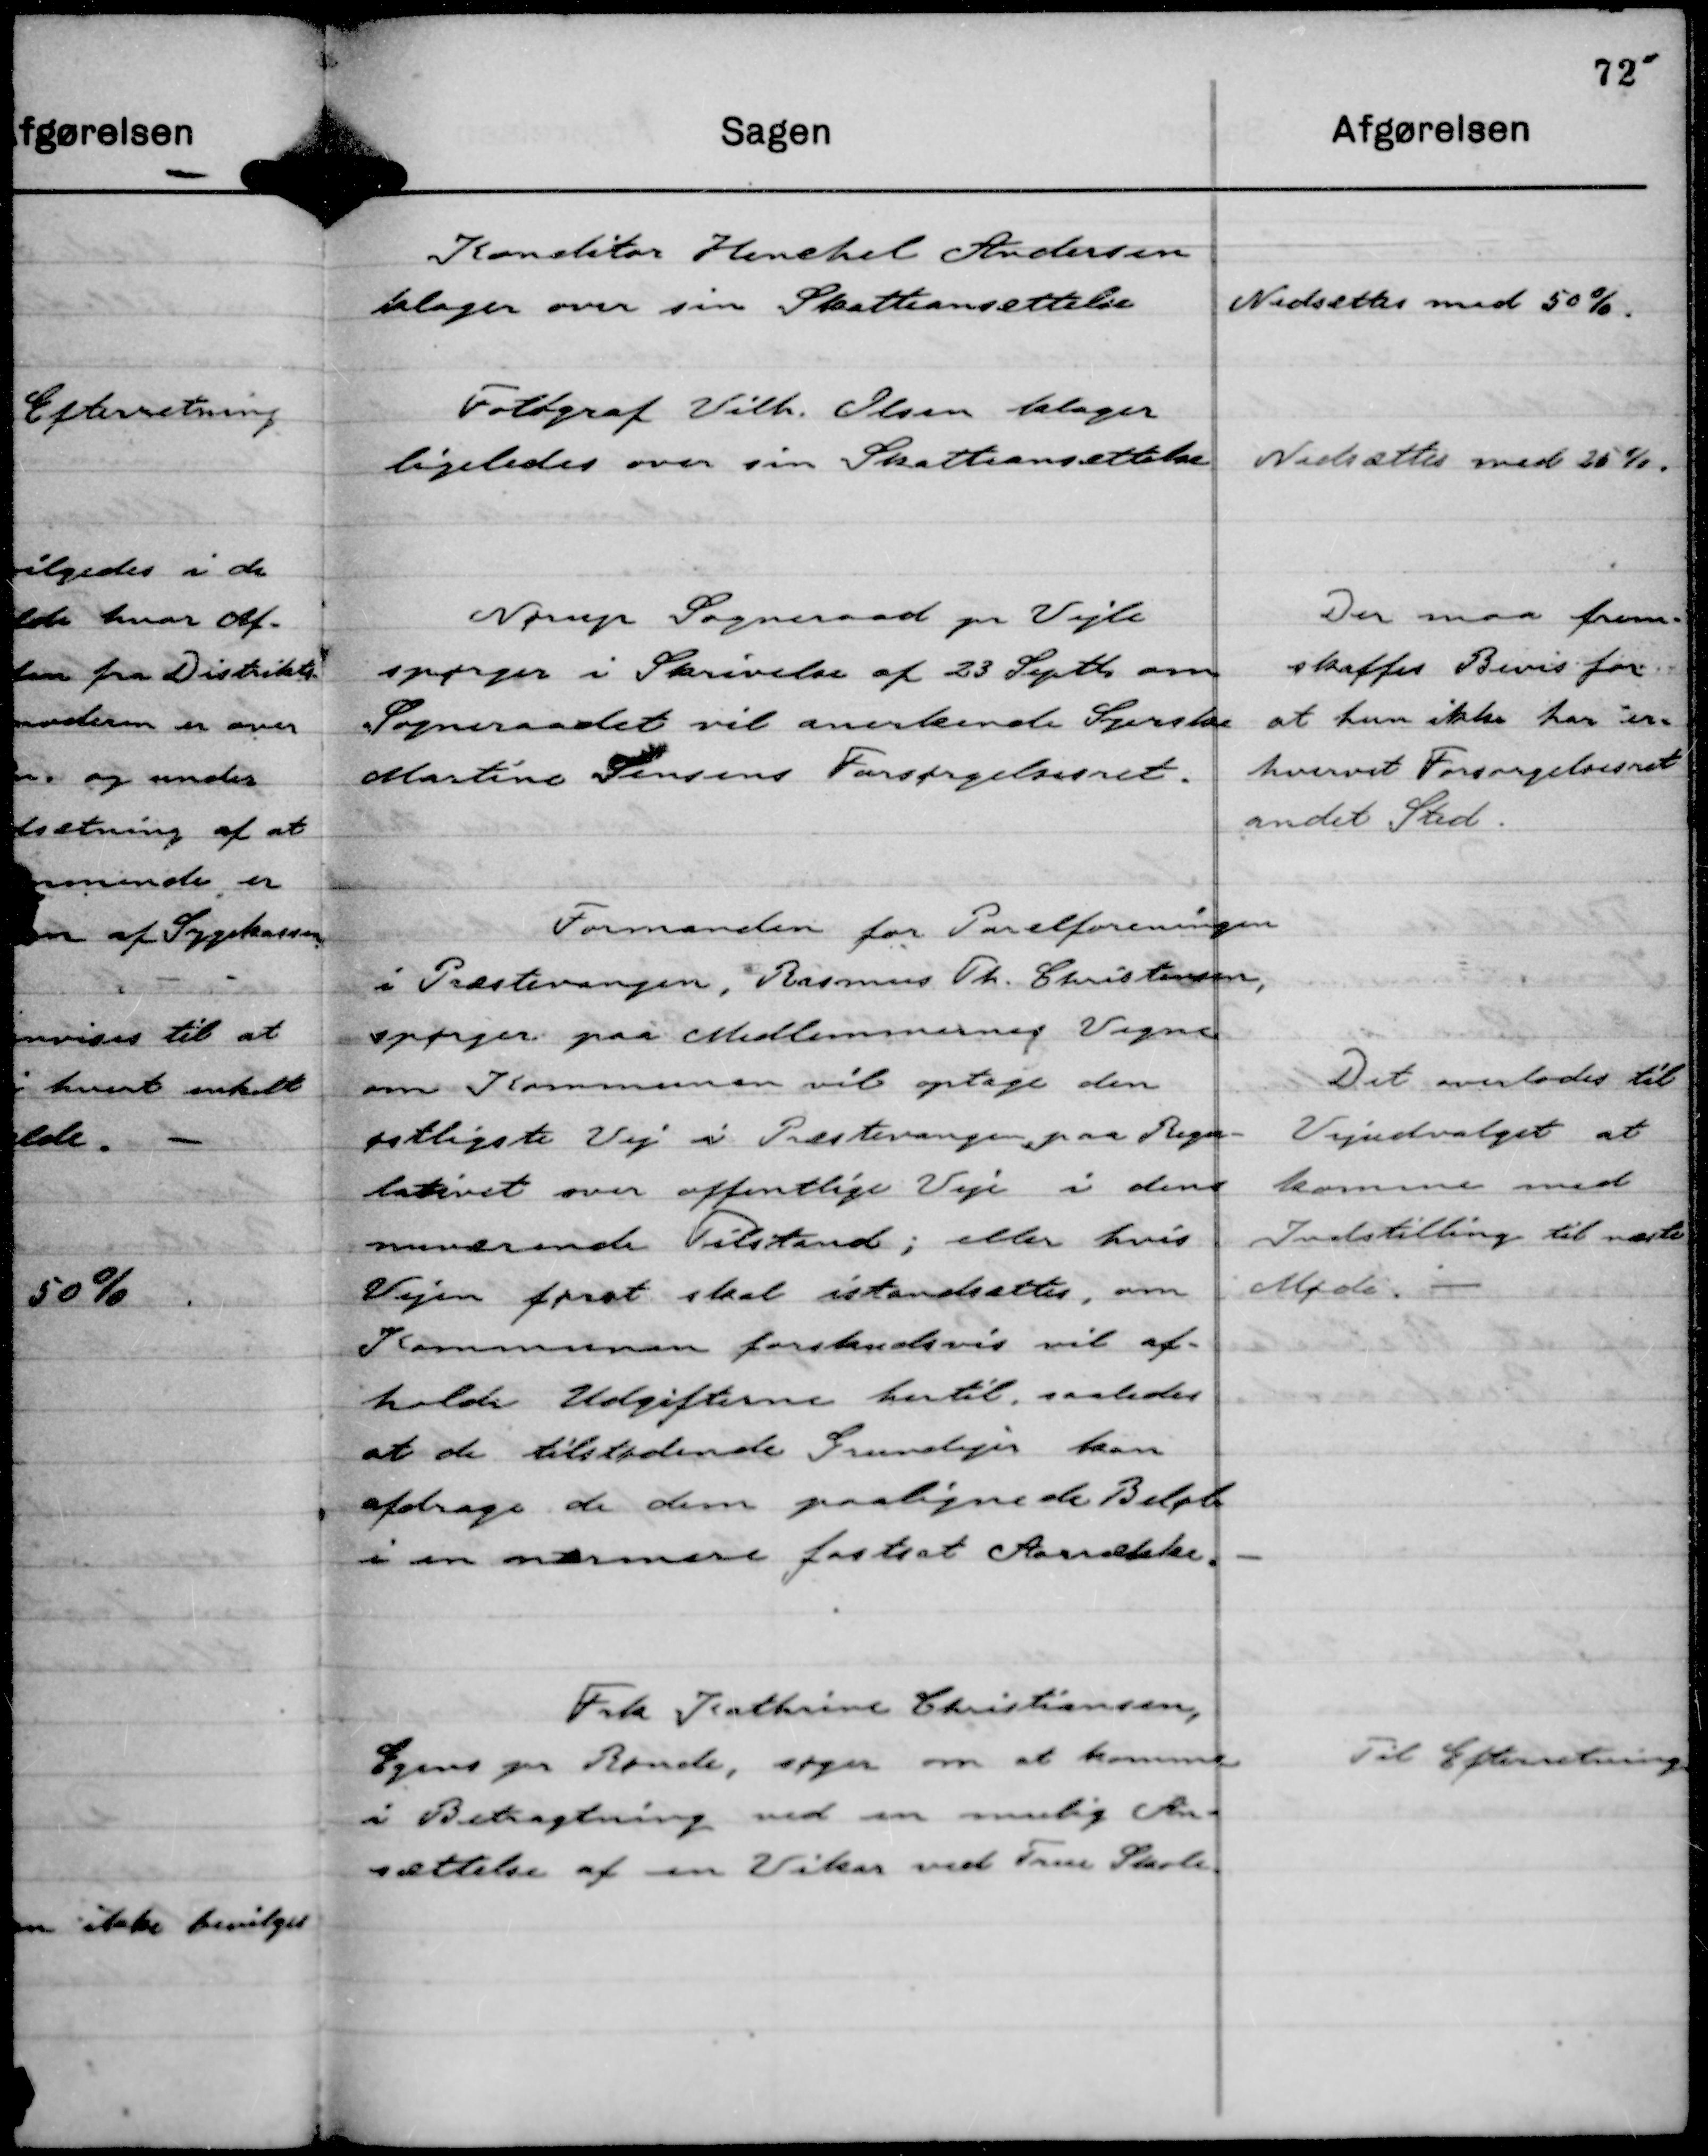
Transskription:
Konditor Henchel Andersen
klager over sin Skatteansættelse

Nedsættes med 50 %.

Fotograf Vilh. Olsen klager
ligeledes over sin Skatteansættelse

Nedsættes med 25 %.

Nørup Sogneraad pr Vejle
spørger i Skrivelse af 23 Septbr om
Sogneraadet vil anerkende Syerske
Martine Jensens Forsørgelsesret.

Der maa frem-
skaffes Bevis for-
at hun ikke har er-
hvervet Forsørgelsesret
andet Sted.

Formanden for Parcelforeningen
i Præstevangen, Rasmus Th. Christensen,
spørger paa Medlemmernes Vegne
om Kommunen vil optage den
østligste Vej i Præstevangen paa Regu-
lativet over offentlige Veje i den
nuværende Tilstand; eller hvis
Vejen først skal istandsættes, om
Kommunen forskudsvis vil af-
holde Udgifterne hertil, saaledes
at de tilstødende Grundejer kan
afdrage de dem paalignede Beløb
i en nærmere fastsat Aarrække.

Det overlodes til
Vejudvalget at
komme med
Indstlling til næste
Møde.

Frk Kathrine Christiansen,
Egens pr Rønde, søger om at komme
i Betragtning ved en mulig An-
sættelse af en Vikar ved True Skole.

Til Efterretning.